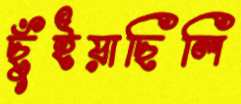
ছুঁইয়াছিলি